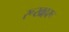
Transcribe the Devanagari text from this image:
रूखहरू